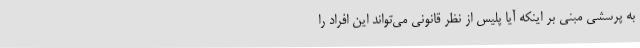
به پرسشی مبنی بر اینکه آیا پلیس از نظر قانونی می‌تواند این افراد را